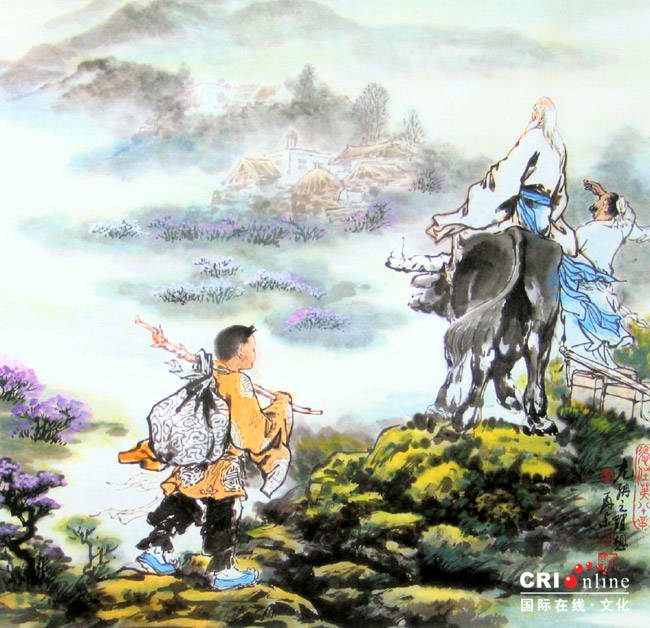
库无备兵，虽有义不能征无义。